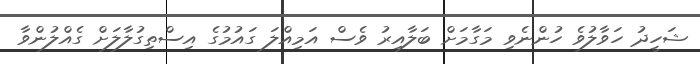
ޝަހީދު ހަވާލުވެ ހުންނެވި މަގާމަށް ބަލާއިރު ވެސް އަމިއްލަ ގައުމުގެ އިސްތިގުލާލަށް ގެއްލުންވާ